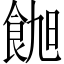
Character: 𬲑